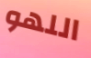
اللهو